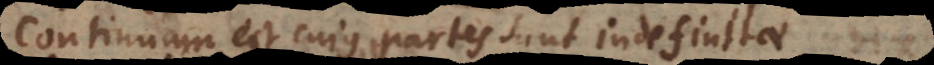
Continuum est cujus partes sunt indefinitae.